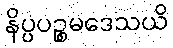
နိပ္ပပဉ္စမဒေသယိ